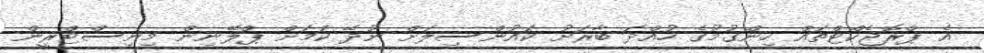
އެ ޕްރޮޖެކްޓްތައް ހިންގުމުގެ ހުއްދަ ބާރަށު ކައުންސިލަށް ނުދޭ ކަމަށް ޕްލޭނިން މިނިސްޓްރީން